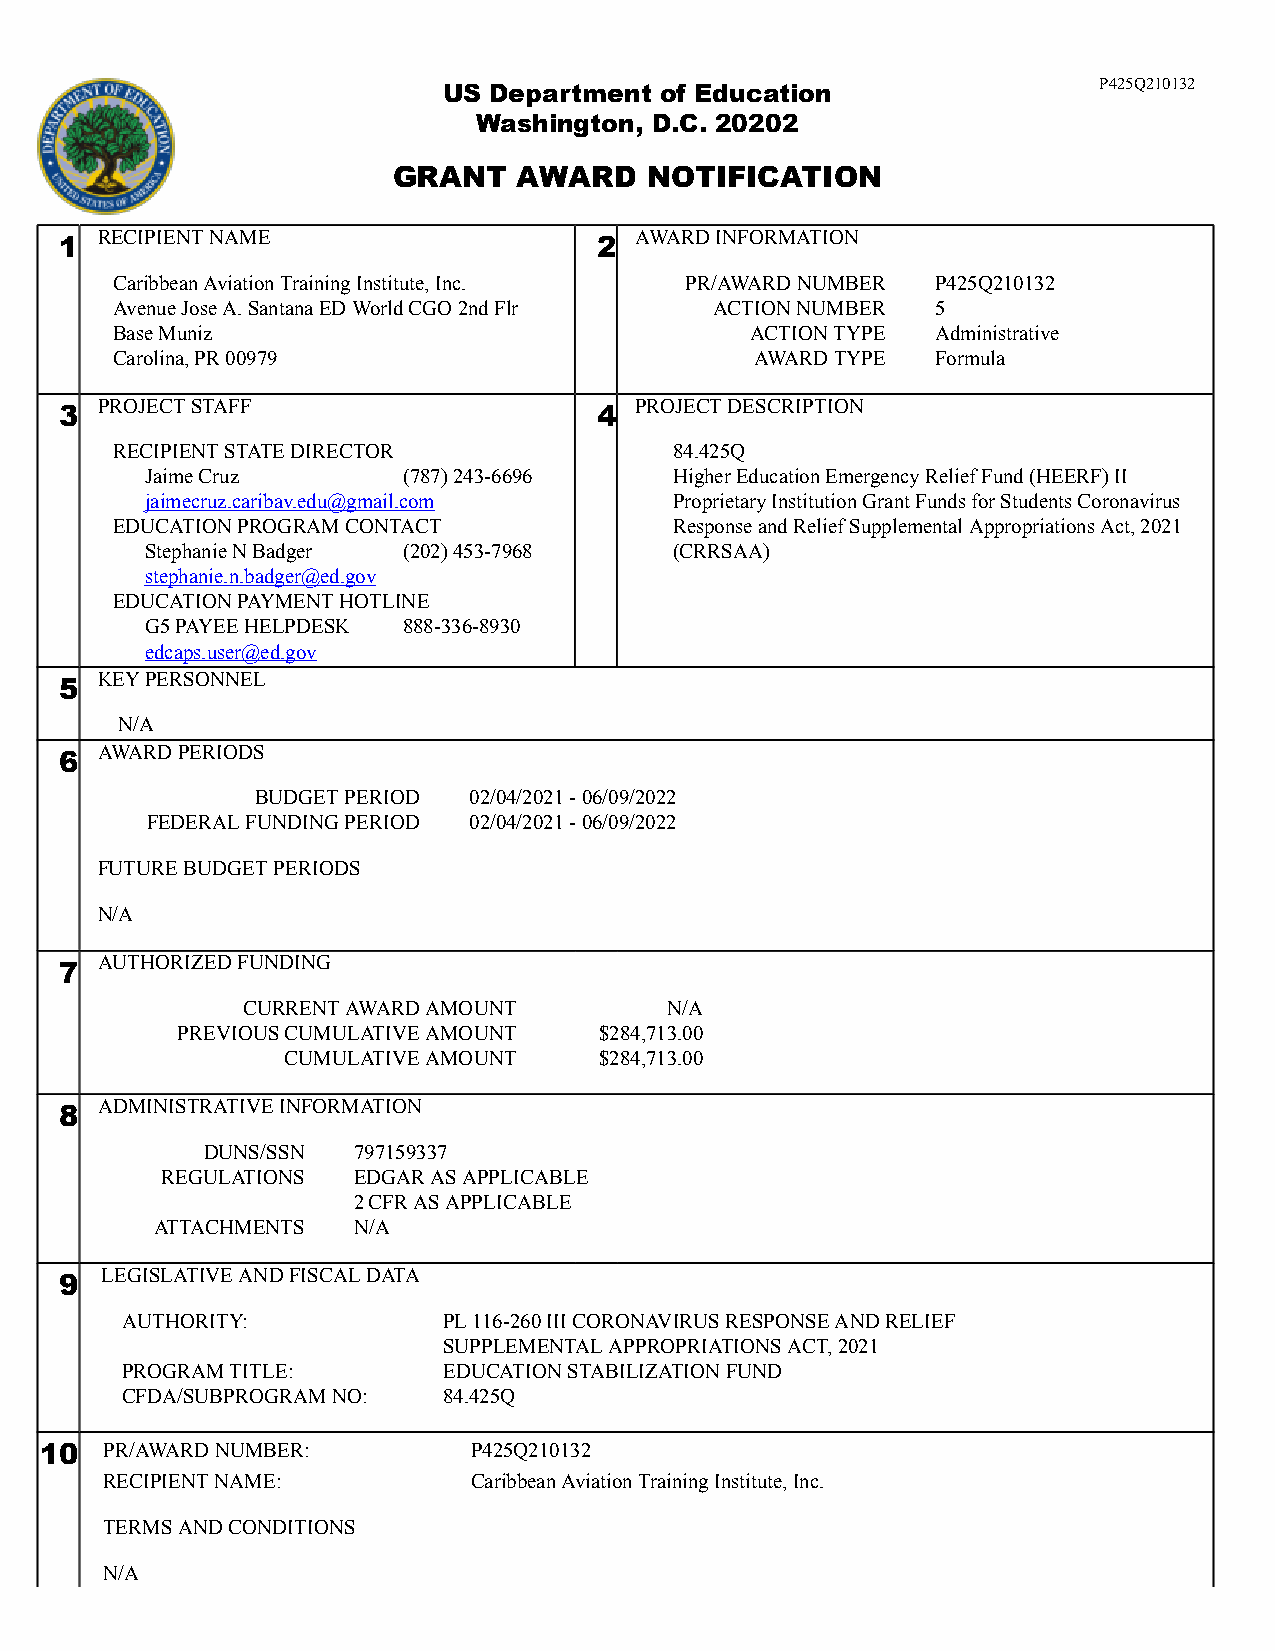
P425Q210132
 US Department  of Education
 Washington, D.C. 20202
 GRANT   AWARD    NOTIFICATION
 RECIPIENT NAME                      AWARD INFORMATION
 1                                   2
 Caribbean Aviation Training Institute, Inc. PR/AWARD NUMBER P425Q210132
 Avenue Jose A. Santana ED World CGO 2nd Flr ACTION NUMBER 5
 Base Muniz                                 ACTION TYPE Administrative
 Carolina, PR 00979                         AWARD TYPE  Formula
 PROJECT STAFF                       PROJECT DESCRIPTION
 3                                   4
 RECIPIENT STATE DIRECTOR              84.425Q
 Jaime Cruz       (787) 243-6696    Higher Education Emergency Relief Fund (HEERF) II
 jaimecruz.caribav.edu@gmail.com    Proprietary Institution Grant Funds for Students Coronavirus
 EDUCATION PROGRAM CONTACT             Response and Relief Supplemental Appropriations Act, 2021
 Stephanie N Badger (202) 453-7968  (CRRSAA)
 stephanie.n.badger@ed.gov
 EDUCATION PAYMENT HOTLINE
 G5 PAYEE HELPDESK 888-336-8930
 edcaps.user@ed.gov
 KEY PERSONNEL
 5
 N/A
 AWARD PERIODS
 6
 BUDGET PERIOD 02/04/2021 - 06/09/2022
 FEDERAL FUNDING PERIOD 02/04/2021 - 06/09/2022
 FUTURE BUDGET PERIODS
 N/A
 AUTHORIZED FUNDING
 7
 CURRENT AWARD AMOUNT        N/A
 PREVIOUS CUMULATIVE AMOUNT  $284,713.00
 CUMULATIVE AMOUNT    $284,713.00
 ADMINISTRATIVE INFORMATION
 8
 DUNS/SSN 797159337
 REGULATIONS EDGAR AS APPLICABLE
 2 CFR AS APPLICABLE
 ATTACHMENTS  N/A
 LEGISLATIVE AND FISCAL DATA
 9
 AUTHORITY:           PL 116-260 III CORONAVIRUS RESPONSE AND RELIEF
 SUPPLEMENTAL APPROPRIATIONS ACT, 2021
 PROGRAM TITLE:       EDUCATION STABILIZATION FUND
 CFDA/SUBPROGRAM NO:  84.425Q
 10  PR/AWARD NUMBER:        P425Q210132
 RECIPIENT NAME:         Caribbean Aviation Training Institute, Inc.
 TERMS AND CONDITIONS
 N/A